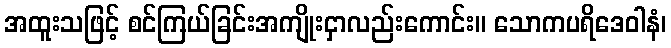
အထူးသဖြင့် စင်ကြယ်ခြင်းအကျိုးငှာလည်းကောင်း။ သောကပရိဒေဝါနံ၊